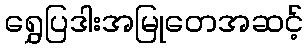
ရွှေပြဒါးအမြုတေအဆင့်